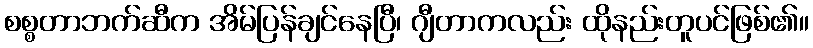
စစ္စတာဘက်ဆီက အိမ်ပြန်ချင်နေပြီ၊ ဂျီတာကလည်း ထိုနည်းတူပင်ဖြစ်၏။